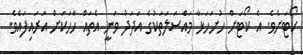
ކޯޓަށެވެ. އެ ކޯޓަށް ހުށަހަޅާ މައްސަލަތަކުގެ އަދަދު ވަނީ އެތައް ހާހަކަށް އަރައިފައެވެ.